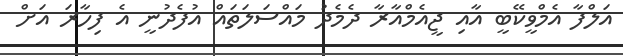
އަލްފާ އެމްވީކޭބީ އާއި ޖީއެމްއާރާ ދެމެދު މައްސަލަތައް އުފެދުނީ އެ ފިހާރަ އަށް